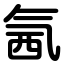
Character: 氥